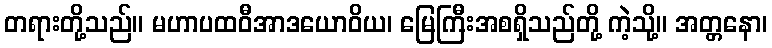
တရားတို့သည်။ မဟာပထဝီအာဒယောဝိယ၊ မြေကြီးအစရှိသည်တို့ ကဲ့သို့။ အတ္တနော၊